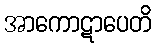
အာကောဋာပေတိ